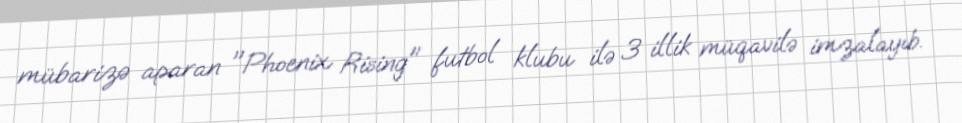
mübarizə aparan "Phoenix Rising" futbol klubu ilə 3 illik müqavilə imzalayıb.